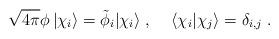
LaTeX: \begin{align*}\sqrt{4 \pi} \phi \, |\chi_i\rangle = \tilde{\phi}_i|\chi_i\rangle \;,\;\;\;\; \langle \chi_i | \chi_j \rangle = \delta_{i,j}\; .\end{align*}